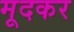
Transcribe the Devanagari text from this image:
मूदकर